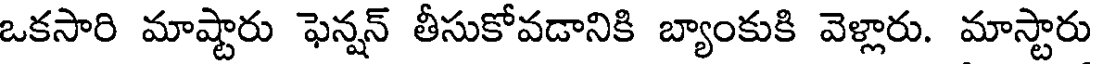
ఒకసారి మాష్టారు ఫెన్నన్ తీసుకోవడానికి బ్యాంకుకి వెళ్లారు. మాస్టారు